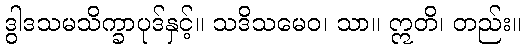
ဒွါဒသမသိက္ခာပုဒ်နှင့်။ သဒိသမေဝ၊ သာ။ ဣတိ၊ တည်း။